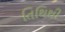
તિથિથી